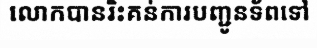
លោកបានរិះគន់ការបញ្ជូនទ័ពទៅ